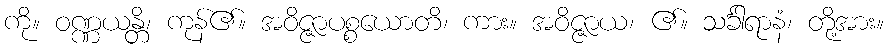
ကို။ ဝဏ္ဏယန္တိ၊ ကုန်၏။ အဝိဇ္ဇာပစ္စယောတိ၊ ကား။ အဝိဇ္ဇာယ၊ ၏။ သင်္ခါရာနံ၊ တို့အား။